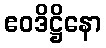
ဧဝဒိဋ္ဌိနော